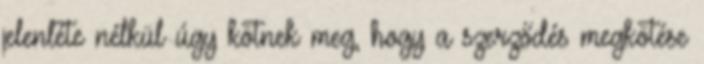
jelenléte nélkül úgy kötnek meg, hogy a szerződés megkötése